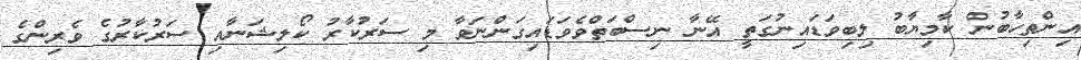
އިންތިހާބުން ކާމިޔާބު ލިބިވަޑައިނުގަތީ އޭނާ ނިސްބަތްވެވަޑައިގަންނަވާ މި ސަރުކާރު ކޯލިޝަނާއި ސަރުކާރުގެ ވެރިންގެ